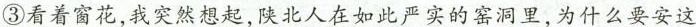
③看着窗花，我突然想起，陕北人在如此严实的窑洞里，为什么要安这